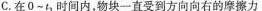
C.在0 - t_{1} ，时间内，物块一直受到方向向右的摩擦力